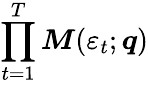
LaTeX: \prod_{t=1}^{T}\boldsymbol{M}(\varepsilon_{t};\boldsymbol{q})